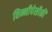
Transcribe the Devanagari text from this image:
विन्नीपेसौकी